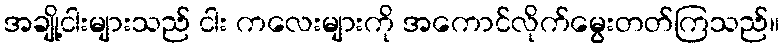
အချို့ငါးများသည် ငါး ကလေးများကို အကောင်လိုက်မွေးတတ်ကြသည်။